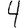
Digit: 4